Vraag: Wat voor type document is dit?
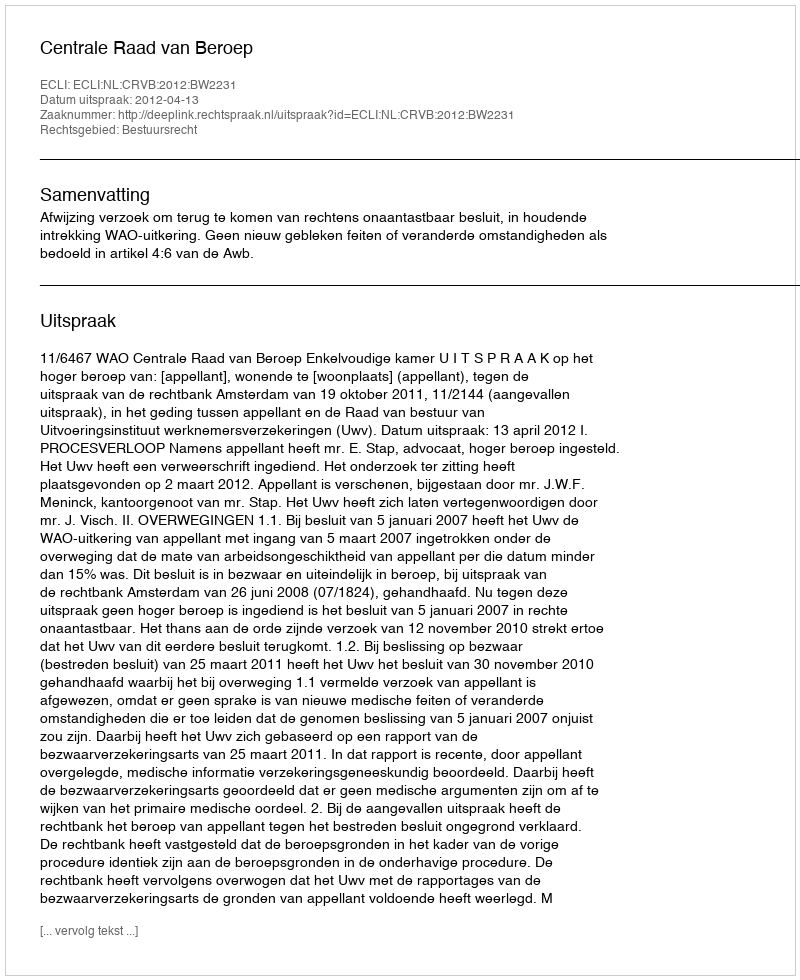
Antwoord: Uitspraak